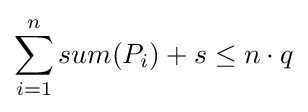
\sum _{i=1}^{n}sum(P_{i})+s\leq n\cdot q